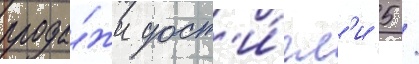
прода́жи дост'и́гл'и 5 /